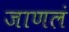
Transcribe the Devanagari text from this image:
जाणलं